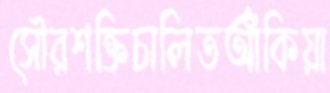
সৌরশক্তিচালিতআঁকিয়া